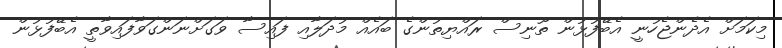
މިކަމަށް އެދެންޖެހުނީ އެބޭފުޅުން ތޫނިސް ރައްޔިތުންގެ ބައެއް މުދަލާއި ފައިސާ ވަގަށްނަންގަވާފައިވާތީ އެބޭފުޅުން